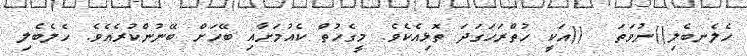
ހެލެނބެލި()ނުވަތަ  ()އަކީ ހުތްރަހަގަދަ ތޮޅިއެކެވެ. މީގެހުތް ކެއުމަށާއި ބޭހަށް ބޭނުންކުރެއެވެ. ހެލެބެލި